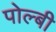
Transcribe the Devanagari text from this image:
पोल्बी